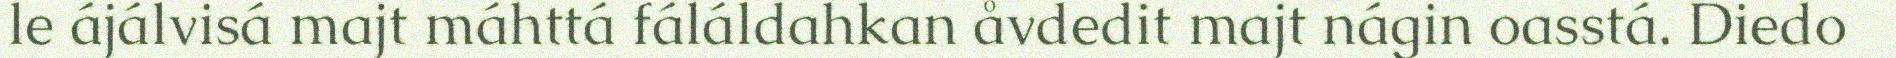
le ájálvisá majt máhttá fáláldahkan åvdedit majt nágin oasstá. Diedo